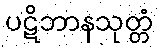
ပဋိဘာနသုတ္တံ